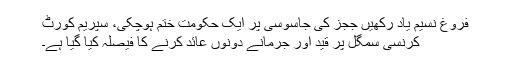
فروغ نسیم یاد رکھیں ججز کی جاسوسی پر ایک حکومت ختم ہوچکی، سپریم کورٹ
کرنسی سمگل پر قید اور جرمانے دونوں عائد کرنے کا فیصلہ کیا گیا ہے۔